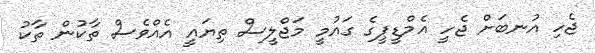
ޖެހި އުނބަށް ޖެހީ އެމްޑީޕީގެ ގައުމީ މަޖްލީސް ތިޔައީ އެއްވެސް ތާކުން ތާކު